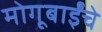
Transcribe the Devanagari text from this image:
मोगूबाईंचे